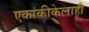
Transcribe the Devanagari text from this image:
एकांकीकेलाही